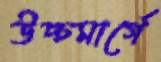
উচ্চমার্গে